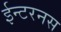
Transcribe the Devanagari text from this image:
ईन्टरनस